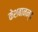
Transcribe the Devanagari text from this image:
केशबानन्द